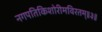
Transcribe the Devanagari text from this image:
नगपतिकिशोरीमविरतम्॥३॥